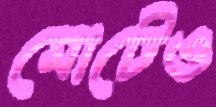
মোটেও